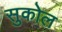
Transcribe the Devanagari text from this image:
सुकोल